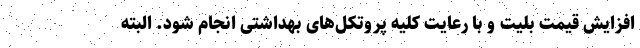
افزایش قیمت بلیت و با رعایت کلیه پروتکل‌های بهداشتی انجام شود. البته